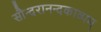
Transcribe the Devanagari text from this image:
सौन्दरानन्दकाव्यम्